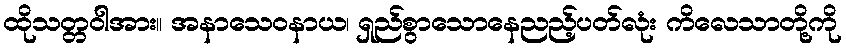
ထိုသတ္တဝါအား။ အနာသေဝနာယ၊ ရှည်စွာသောနေညည့်ပတ်လုံး ကိလေသာတို့ကို